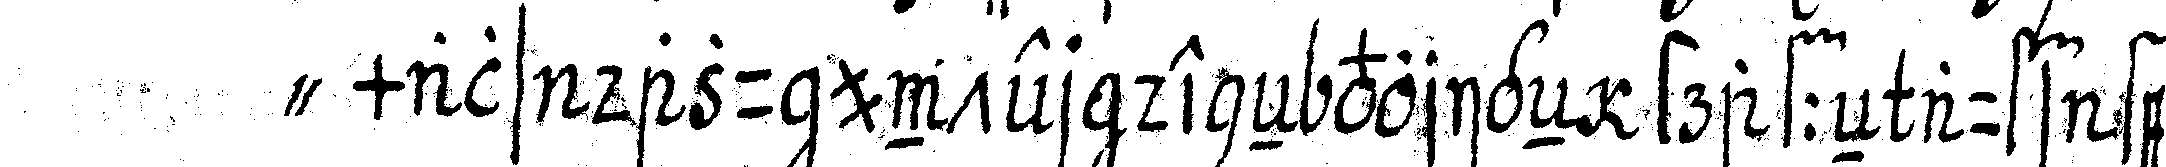
" mals dazu unter deneN vorigeN straffeN aufs feyer